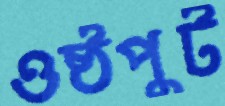
ওষ্ঠপুট